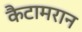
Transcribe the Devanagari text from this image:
कैटामरान